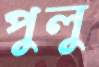
পুলু